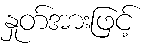
နှုတ်အားဖြင့်